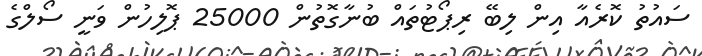
ސައުތު ކޮރެއާ އިން ލިބޭ ރިޕޯޓުތައް ބުނާގޮތުން 25000 ޕޮލިހުން ވަނީ ސޯލްގެ